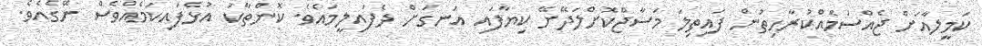
ކަމީލާއަށް ޖެއްސުމެއްކުރާހިތުން ފައިތިލަ މަސާޖްކޮށްލަދޭށޭ ކިޔާފައި އުނގަށް ދެފައިލީމައެވެ. ކޮންތާކު އުޅެފައިކަމެއްވެސް ނޭގެއެވެ.